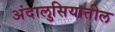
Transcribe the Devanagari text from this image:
अंदालुसियातील